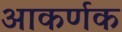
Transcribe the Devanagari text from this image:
आकर्णक